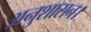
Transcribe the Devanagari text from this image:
अनुशासन।